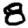
Digit: 8